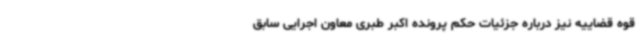
قوه قضاییه نیز درباره جزئیات حکم پرونده اکبر طبری معاون اجرایی سابق